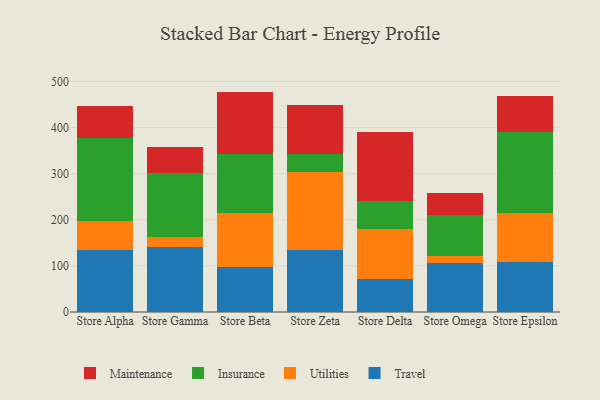
{"axis": {"x": "Store", "y": "Population (Million)"}, "legend": ["Insurance", "Maintenance", "Travel", "Utilities"], "data": [{"x": "Store Alpha", "y": 134.2, "type": "Travel"}, {"x": "Store Alpha", "y": 63.3, "type": "Utilities"}, {"x": "Store Alpha", "y": 179.0, "type": "Insurance"}, {"x": "Store Alpha", "y": 71.2, "type": "Maintenance"}, {"x": "Store Gamma", "y": 141.8, "type": "Travel"}, {"x": "Store Gamma", "y": 20.9, "type": "Utilities"}, {"x": "Store Gamma", "y": 139.1, "type": "Insurance"}, {"x": "Store Gamma", "y": 55.8, "type": "Maintenance"}, {"x": "Store Beta", "y": 96.6, "type": "Travel"}, {"x": "Store Beta", "y": 117.9, "type": "Utilities"}, {"x": "Store Beta", "y": 127.4, "type": "Insurance"}, {"x": "Store Beta", "y": 136.1, "type": "Maintenance"}, {"x": "Store Zeta", "y": 133.8, "type": "Travel"}, {"x": "Store Zeta", "y": 170.2, "type": "Utilities"}, {"x": "Store Zeta", "y": 39.5, "type": "Insurance"}, {"x": "Store Zeta", "y": 106.3, "type": "Maintenance"}, {"x": "Store Delta", "y": 71.7, "type": "Travel"}, {"x": "Store Delta", "y": 109.4, "type": "Utilities"}, {"x": "Store Delta", "y": 60.0, "type": "Insurance"}, {"x": "Store Delta", "y": 149.2, "type": "Maintenance"}, {"x": "Store Omega", "y": 106.4, "type": "Travel"}, {"x": "Store Omega", "y": 15.9, "type": "Utilities"}, {"x": "Store Omega", "y": 88.1, "type": "Insurance"}, {"x": "Store Omega", "y": 48.6, "type": "Maintenance"}, {"x": "Store Epsilon", "y": 109.5, "type": "Travel"}, {"x": "Store Epsilon", "y": 105.2, "type": "Utilities"}, {"x": "Store Epsilon", "y": 174.7, "type": "Insurance"}, {"x": "Store Epsilon", "y": 78.0, "type": "Maintenance"}]}